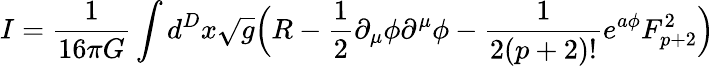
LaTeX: I=\frac{1}{16\pi G}\int d^{D}x\sqrt{g}\Big(R-\frac{1}{2}\partial_{\mu}\phi\partial^{\mu}\phi-\frac{1}{2(p+2)!}e^{a\phi}F_{p+2}^{2}\Big)